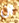
ان